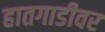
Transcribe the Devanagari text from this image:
हातगाडीवर